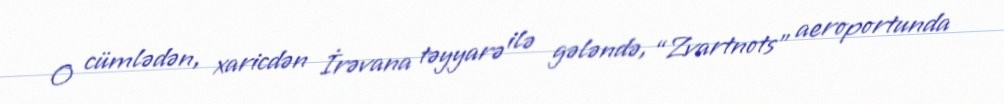
O cümlədən, xaricdən İrəvana təyyarə ilə gələndə, “Zvartnots” aeroportunda